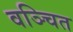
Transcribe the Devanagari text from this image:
वञ्चित